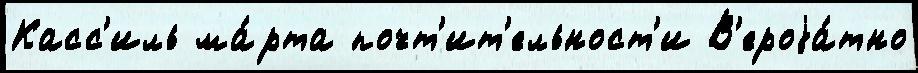
Касс'иль ма́рта почт'ит'ельност'и В'ероjа́тно